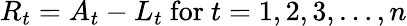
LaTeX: R_{t}=A_{t}-L_{t}{\mathrm{~for~}}t=1,2,3,\ldots,n